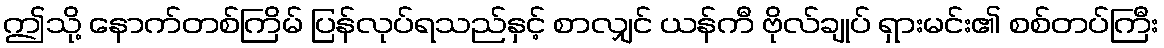
ဤသို့ နောက်တစ်ကြိမ် ပြန်လုပ်ရသည်နှင့် စာလျှင် ယန်ကီ ဗိုလ်ချုပ် ရှားမင်း၏ စစ်တပ်ကြီး